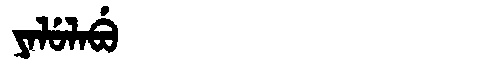
Manchu: ᠶᠠᠯᡠᠯᠠᠪᡠ
Romanization: YALULABU